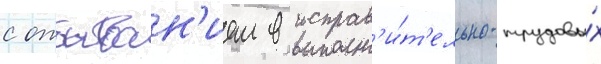
с отбыван'ием в исправ'и́т'ельно-трудовы́х